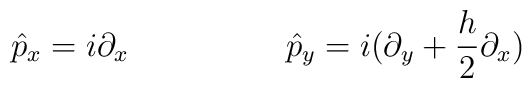
\hat p_x = i \partial_x \hskip 2cm \hat p_y =i( \partial_y + {h\over 2 }\partial_x )